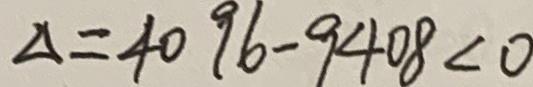
\Delta = 4 0 9 6 - 9 4 0 8 < 0